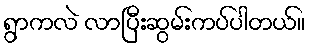
ရွာကလဲ လာပြီးဆွမ်းကပ်ပါတယ်။